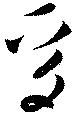
焉